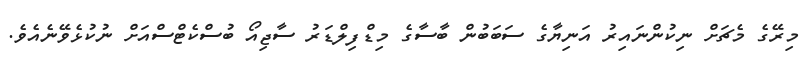
މިރޭގެ މެޗަށް ނިކުންނައިރު އަނިޔާގެ ސަބަބުން ބާސާގެ މިޑްފިލްޑަރު ސާޖިއޯ ބުސްކެޓްސްއަށް ނުކުޅެވޭނެއެވެ.